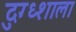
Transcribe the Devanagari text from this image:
दुग्ध्शाला